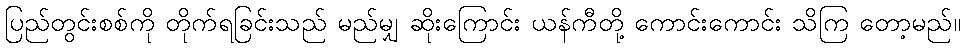
ပြည်တွင်းစစ်ကို တိုက်ရခြင်းသည် မည်မျှ ဆိုးကြောင်း ယန်ကီတို့ ကောင်းကောင်း သိကြ တော့မည်။